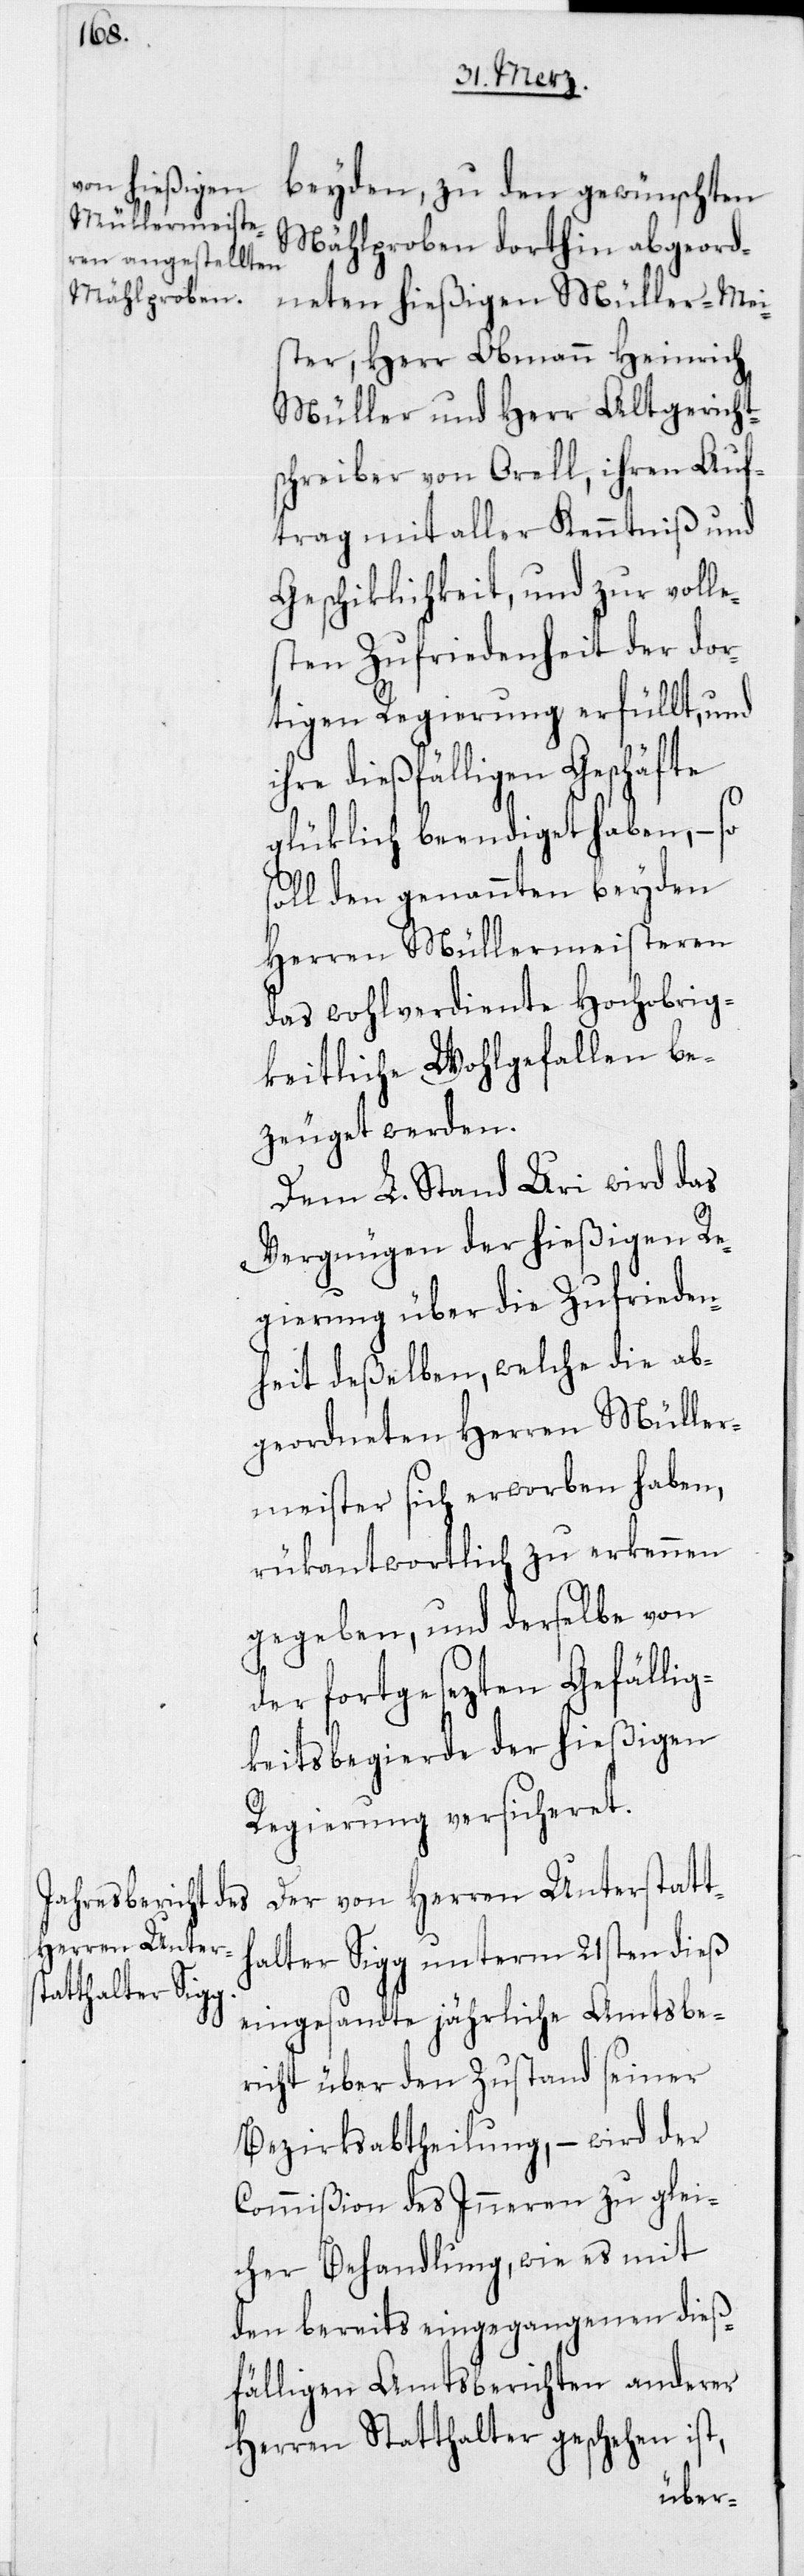
i¬
beyden, zu den gewünschten
Mählproben dorthin abgeord¬
neten hießigen Müller-Mei¬
ster, Herr Obmann Heinrich
Müller und Herr Altgericht¬
schreiber von Orell, ihren Auf¬
trag mit aller Kenntniß und
Geschiklichkeit, und zur voll¬
sten Zufriedenheit der dor¬
tigen Regierung erfüllt, und
hre dießfälligen Geschäfte
glüklich beendiget haben, – so
soll den genannten beyden
Herren Müllermeisteren
das wohlverdiente Hochobrig¬
keitliche Wohlgefallen be¬
zeuget werden.
Dem L. Stand Uri wird das
Vergnügen der hießigen Re¬
gierung über die Zufrieden¬
heit deßelben, welche die ab¬
geordneten Herren Müller¬
meister sich erworben haben,
rükantwortlich zu erkennen
gegeben, und derselbe von
der fortgesezten Gefälli¬
gkeitsbegierde der hießigen
Regierung versicheret.
Der von Herren Unterstatt¬
halter Sigg unterm 21sten dieß
eingesandte jährliche Amtsbe¬
richt über den Zustand seiner
Bezirksabtheilung, – wird der
Commißion des Inneren zu glei¬
cher Behandlung, wie es mit
den bereits eingegangenen dieß¬
fälligen Amtsberichten anderer
Herren Statthalter geschehen ist,